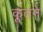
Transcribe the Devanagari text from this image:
कूतने